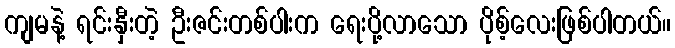
ကျမနဲ့ ရင်းနှီးတဲ့ ဦးဇင်းတစ်ပါးက ရေးပို့လာသော ပိုစ့်လေးဖြစ်ပါတယ်။